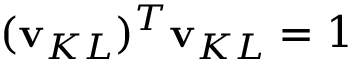
( \mathbf { v } _ { K L } ) ^ { T } \mathbf { v } _ { K L } = 1